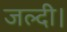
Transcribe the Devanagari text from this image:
जल्दी।